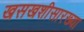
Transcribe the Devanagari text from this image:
खसखशीसारख्या